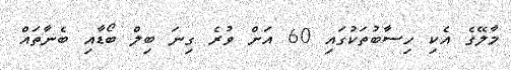
މާލޭގެ އެކި ހިސާބުތަކުގައި 60 އަށް ވުރެ ގިނަ ބިލް ބޯޑާއި ބެނާތައް